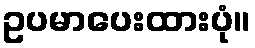
ဥပမာပေးထားပုံ။